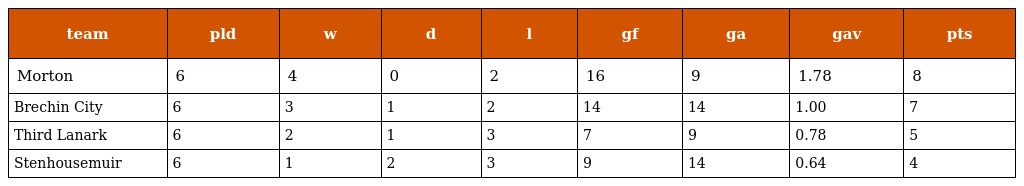
| team | pld | w | d | l | gf | ga | gav | pts |
 | --- | --- | --- | --- | --- | --- | --- | --- | --- |
 | Morton | 6 | 4 | 0 | 2 | 16 | 9 | 1.78 | 8 |
 | Brechin City | 6 | 3 | 1 | 2 | 14 | 14 | 1.00 | 7 |
 | Third Lanark | 6 | 2 | 1 | 3 | 7 | 9 | 0.78 | 5 |
 | Stenhousemuir | 6 | 1 | 2 | 3 | 9 | 14 | 0.64 | 4 |